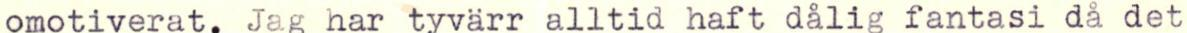
omotiverat. Jag har tyvärr alltid haft dålig fantasi då det